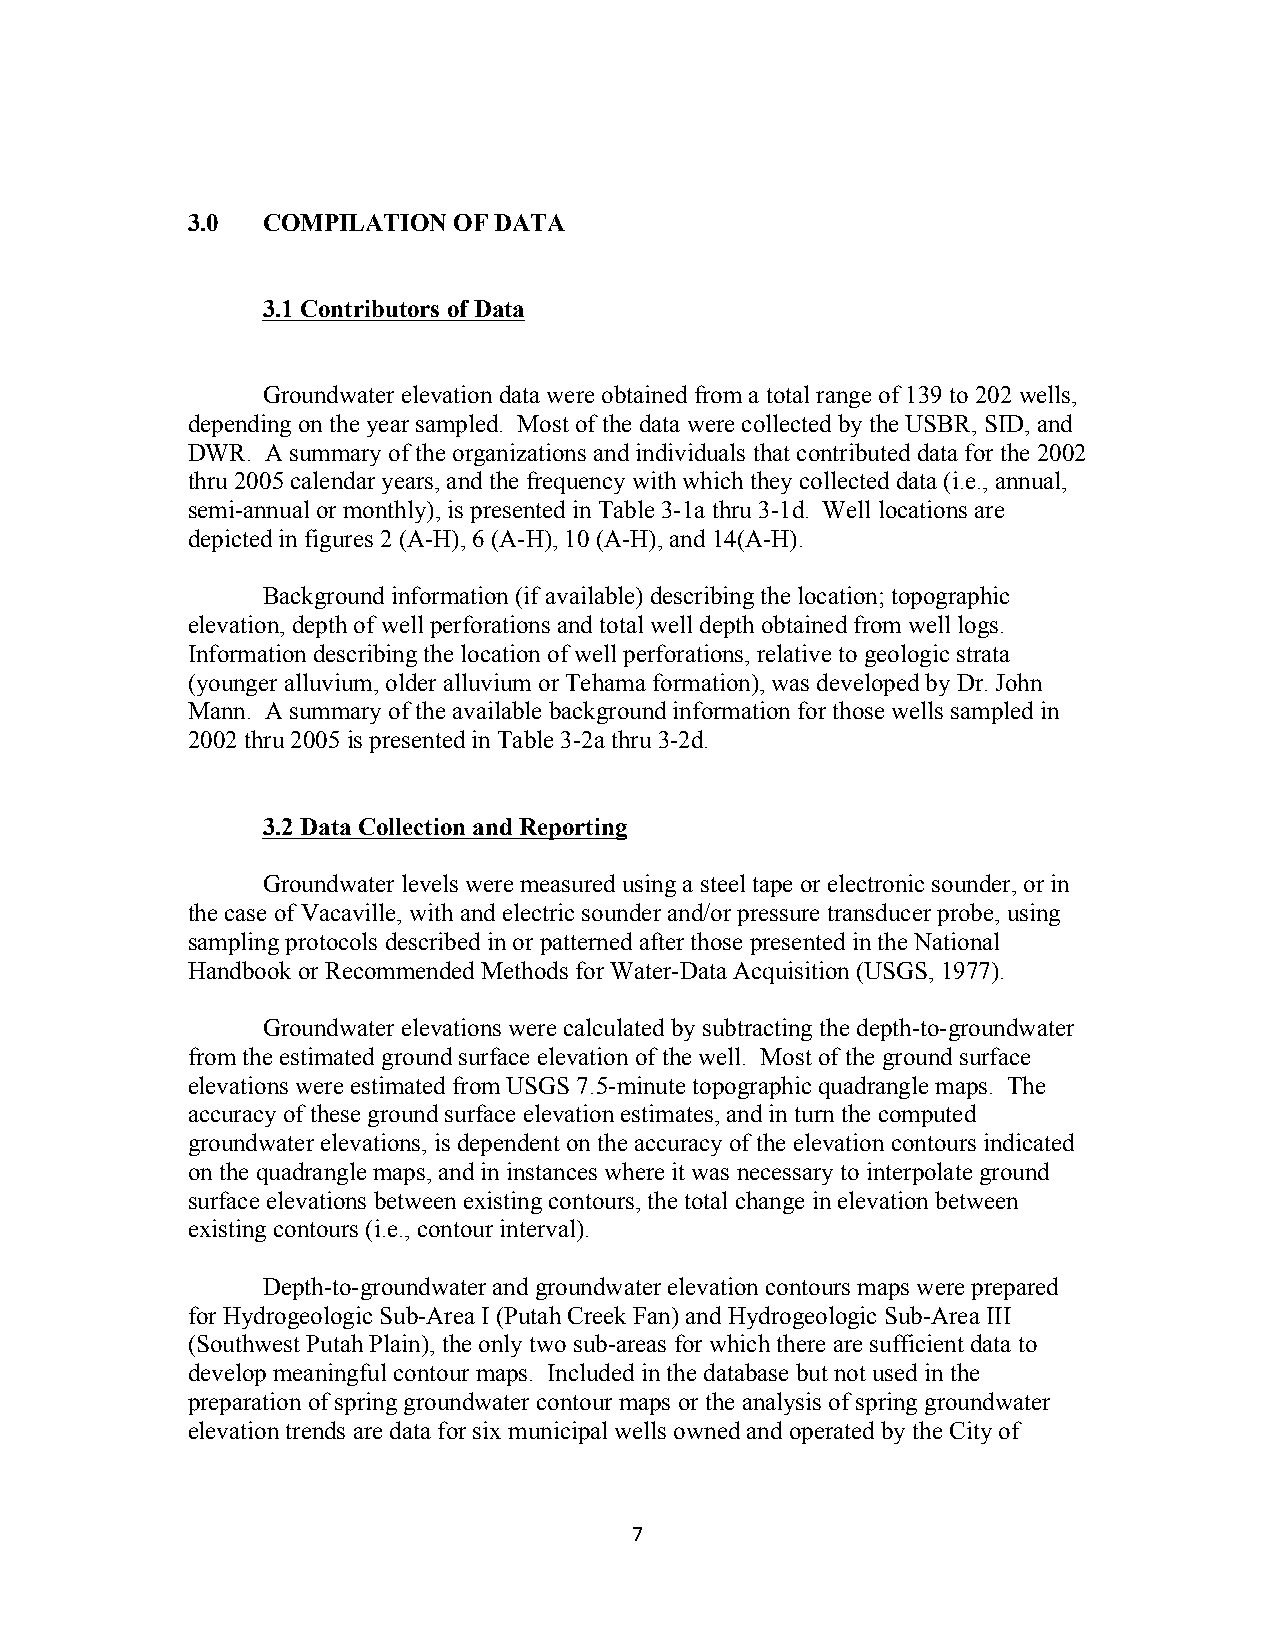
3.0  COMPILATION  OF DATA
 3.1 Contributors of Data
 Groundwater elevation data were obtained from a total range of 139 to 202 wells,
 depending on the year sampled. Most of the data were collected by the USBR, SID, and
 DWR.  A summary of the organizations and individuals that contributed data for the 2002
 thru 2005 calendar years, and the frequency with which they collected data (i.e., annual,
 semi-annual or monthly), is presented in Table 3-1a thru 3-1d. Well locations are
 depicted in figures 2 (A-H), 6 (A-H), 10 (A-H), and 14(A-H).
 Background information (if available) describing the location; topographic
 elevation, depth of well perforations and total well depth obtained from well logs.
 Information describing the location of well perforations, relative to geologic strata
 (younger alluvium, older alluvium or Tehama formation), was developed by Dr. John
 Mann. A summary of the available background information for those wells sampled in
 2002 thru 2005 is presented in Table 3-2a thru 3-2d.
 3.2 Data Collection and Reporting
 Groundwater levels were measured using a steel tape or electronic sounder, or in
 the case of Vacaville, with and electric sounder and/or pressure transducer probe, using
 sampling protocols described in or patterned after those presented in the National
 Handbook or Recommended Methods for Water-Data Acquisition (USGS, 1977).
 Groundwater elevations were calculated by subtracting the depth-to-groundwater
 from the estimated ground surface elevation of the well. Most of the ground surface
 elevations were estimated from USGS 7.5-minute topographic quadrangle maps. The
 accuracy of these ground surface elevation estimates, and in turn the computed
 groundwater elevations, is dependent on the accuracy of the elevation contours indicated
 on the quadrangle maps, and in instances where it was necessary to interpolate ground
 surface elevations between existing contours, the total change in elevation between
 existing contours (i.e., contour interval).
 Depth-to-groundwater and groundwater elevation contours maps were prepared
 for Hydrogeologic Sub-Area I (Putah Creek Fan) and Hydrogeologic Sub-Area III
 (Southwest Putah Plain), the only two sub-areas for which there are sufficient data to
 develop meaningful contour maps. Included in the database but not used in the
 preparation of spring groundwater contour maps or the analysis of spring groundwater
 elevation trends are data for six municipal wells owned and operated by the City of
 7